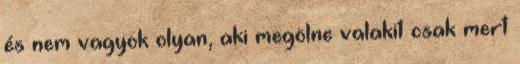
és nem vagyok olyan, aki megölne valakit csak mert